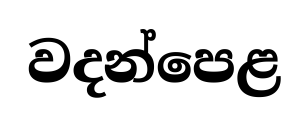
වදන්පෙළ